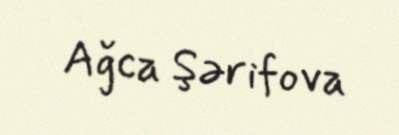
Ağca Şərifova